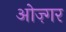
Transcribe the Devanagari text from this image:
ओज़्गर